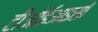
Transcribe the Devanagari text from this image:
टीओईआइसी